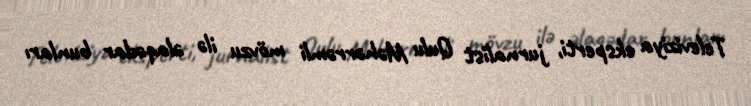
Televiziya eksperti, jurnalist Qulu Məhərrəmli mövzu ilə əlaqədar bunları